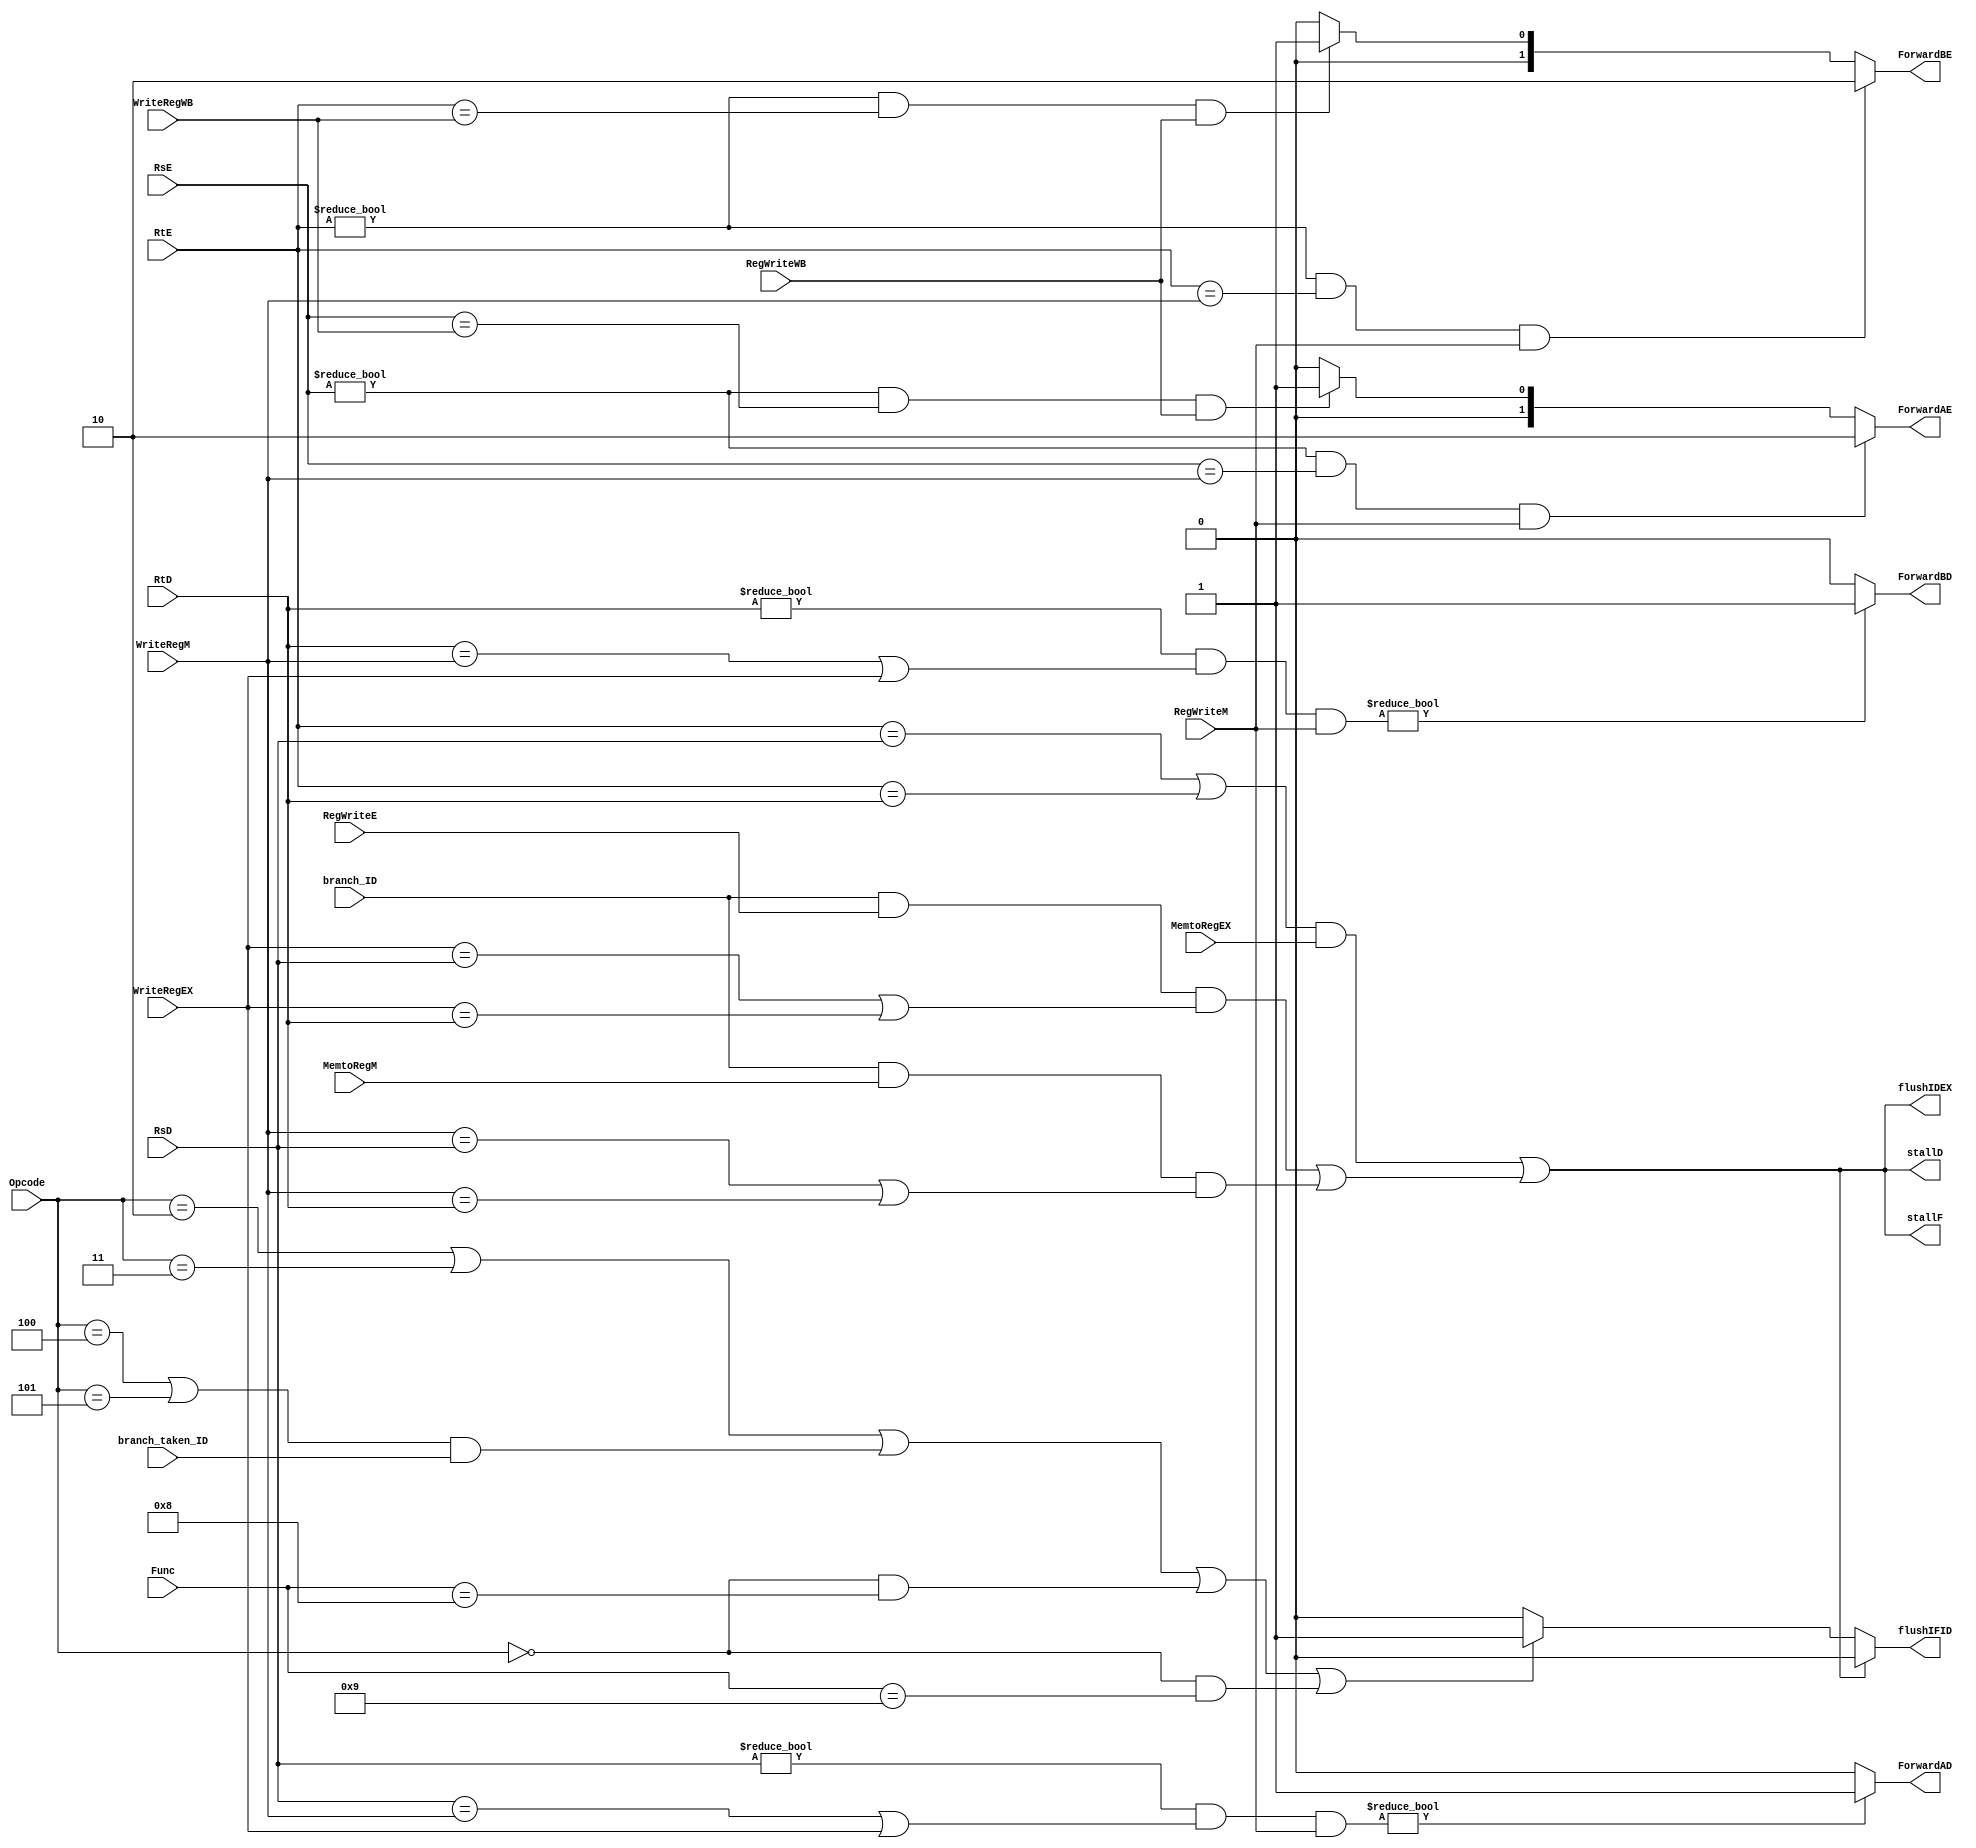
module Hazard_unit(
	//DATA HAZARDS
	//datos
	input wire [4:0] RsE,			//rs en etapa ex
	input wire [4:0] RtE,			//rt en etapa ex
	input wire [4:0] WriteRegM,		
	input wire [4:0] WriteRegWB,
	//control
	input wire RegWriteM,	
	input wire RegWriteWB,
	//outputs
	output reg [1:0] ForwardAE,
	output reg [1:0] ForwardBE,

	//LWSTALL
	//datos
	input wire [4:0] RsD,	//rs en etapa decode
	input wire [4:0] RtD,	//rt en etapa decode, tambien usa RtE
						//RtE, ya esta definido
	//control
	input wire MemtoRegEX,	//para saber si es una lw
				//RegWriteM, ya esta definido
				//RegWriteWB, ya esta definido
	//outputs
	output reg stallF,
	output reg stallD,
	output reg flushIDEX,
				//ForwardAE, ya esta definido
				//ForwardBE, ya esta definido
								
	//JUMP
	//data
	input wire [5:0] Opcode,
	input wire [5:0] Func,
	//output
	output reg flushIFID,
	
	//BRANCH
	//data
						//RsD, ya esta definido
						//RtD, ya esta definido
	input wire [4:0] WriteRegEX,
						//WriteRegE, ya esta definido
	//control
				//RegWriteM, ya esta definido
	input wire MemtoRegM,
	input wire RegWriteE,
	input wire branch_ID,		
	input wire branch_taken_ID,
							
	//output						
				//flushIDEX, ya esta definido
	output reg ForwardAD,
	output reg ForwardBD
	
   );
	
	//LW Y BRANCH STALL  
	reg lwstall;
	reg branchstall;
	
	always@(*)
	begin
	lwstall = ((RtE == RsD) | (RtE == RtD)) & MemtoRegEX;
	branchstall = (branch_ID & RegWriteE & (WriteRegEX == RsD | WriteRegEX == RtD)) | 
					  (branch_ID & MemtoRegM & (WriteRegM == RsD | WriteRegM == RtD));
	stallF = (lwstall | branchstall);
	stallD = (lwstall | branchstall);
	flushIDEX = (lwstall | branchstall);
	end
	
	
	//Forwarding
	always@(*)
	begin
		if ((RsE != 5'b00000) & (RsE == WriteRegM) & RegWriteM)
			ForwardAE = 2'b10;
		else if ((RsE != 5'b00000) & (RsE == WriteRegWB) & RegWriteWB)
			ForwardAE = 2'b01;
		else 
			ForwardAE = 2'b00;
		
		if ((RtE != 5'b00000) & (RtE == WriteRegM) & RegWriteM)
			ForwardBE = 2'b10;
		else if ((RtE != 5'b00000) & (RtE == WriteRegWB) & RegWriteWB)
			ForwardBE = 2'b01;
		else 
			ForwardBE = 2'b00;
	end

	//Jumps y branches
	
	always@(*)
	begin
		if ((Opcode == 6'b000010) | //J
			(Opcode == 6'b000011) | //JAL
			(((Opcode == 6'b000100) |(Opcode == 6'b000101)) & branch_taken_ID)| //BEQ BNE
			(Opcode == 6'b000000 & Func == 6'b001000)  |// JR
			(Opcode == 6'b000000 & Func == 6'b001001) )// JALR
			flushIFID = 1'b1;
		else
			flushIFID = 1'b0;
		if (stallD == 1'b1)		//si hay un stall no se flushea
			flushIFID = 1'b0;
	end


	always@(*)
	begin
		if ((RsD != 0) & (RsD == WriteRegM | WriteRegEX) & RegWriteM)
			ForwardAD = 1'b1;
		else 
			ForwardAD = 1'b0;
		
		if ((RtD != 0) & (RtD == WriteRegM | WriteRegEX) & RegWriteM)
			ForwardBD = 1'b1;
		else 
			ForwardBD = 1'b0;
	end
	
endmodule